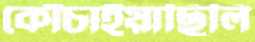
কোঁচাইয়াছিলি